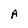
Character: A